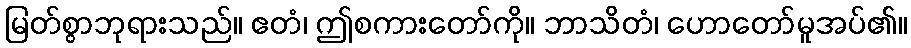
မြတ်စွာဘုရားသည်။ ဧတံ၊ ဤစကားတော်ကို။ ဘာသိတံ၊ ဟောတော်မူအပ်၏။